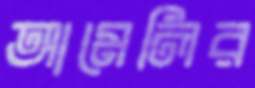
আমেলির